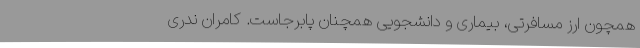
همچون ارز مسافرتی، بیماری و دانشجویی همچنان پابرجاست. کامران ندری